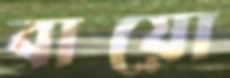
বায়ো